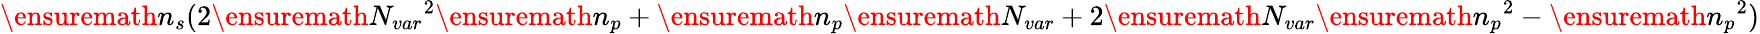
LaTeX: \ensuremath{n_{s}}(2\ensuremath{N_{var}}^{2}\ensuremath{n_{p}}+\ensuremath{n_{p}}\ensuremath{N_{var}}+2\ensuremath{N_{var}}\ensuremath{n_{p}}^{2}-\ensuremath{n_{p}}^{2})